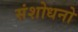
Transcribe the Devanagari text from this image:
संशोधनो